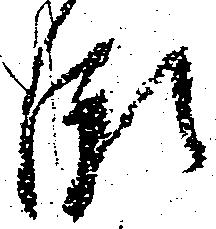
瀬